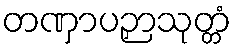
တဏှာပဉှာသုတ္တံ